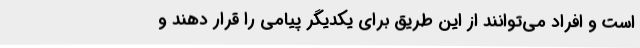
است و افراد می‌توانند از این طریق برای یکدیگر پیامی را قرار دهند و